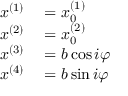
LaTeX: \scriptstyle { \begin{array} { r l } { x ^ { ( 1 ) } } & { { } = x _ { 0 } ^ { ( 1 ) } } \\ { x ^ { ( 2 ) } } & { { } = x _ { 0 } ^ { ( 2 ) } } \\ { x ^ { ( 3 ) } } & { { } = b \cos i \varphi } \\ { x ^ { ( 4 ) } } & { { } = b \sin i \varphi } \end{array} }